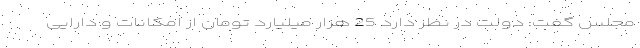
مجلس گفت: دولت در نظر دارد 25 هزار میلیارد تومان از امکانات و دارایی